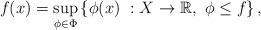
\begin{align*}f(x) = \sup_{\phi\in \Phi} \left\{\phi(x)\ :X\to\mathbb{R}, \ \phi \leq f\right\},\end{align*}